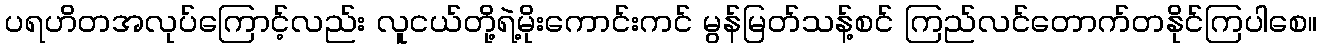
ပရဟိတအလုပ်ကြောင့်လည်း လူငယ်တို့ရဲ့မိုးကောင်းကင် မွန်မြတ်သန့်စင် ကြည်လင်တောက်တနိုင်ကြပါစေ။